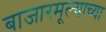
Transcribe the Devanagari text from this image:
बाजारमूल्याच्या